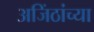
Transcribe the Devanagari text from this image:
अजिंठांच्या